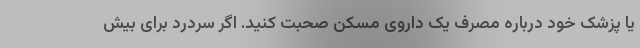
یا پزشک خود درباره مصرف یک داروی مسکن صحبت کنید. اگر سردرد برای بیش